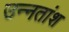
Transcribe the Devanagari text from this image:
उन्‍नतांश